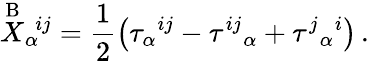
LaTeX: \stackrel{\mathrm{B}}{X}_{\alpha}{}^{\! ij}=\frac{1}{2}\left(\tau_{\alpha}{}^{ij}-\tau^{ij}{}_{\alpha}+\tau^{j}{}_{\alpha}{}^{i}\right)\, .